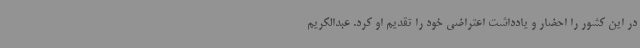
در این کشور را احضار و یادداشت اعتراضی خود را تقدیم او کرد. عبدالکریم